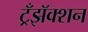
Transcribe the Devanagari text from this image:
ट्रँझॅक्शन